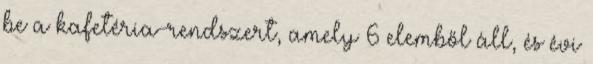
be a kafetéria-rendszert, amely 6 elemből áll, és évi